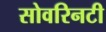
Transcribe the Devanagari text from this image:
सोवरिनटी